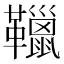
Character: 䪉